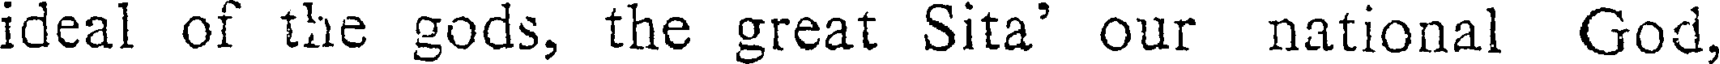
ideal of the gods, the great Sita' our national God,